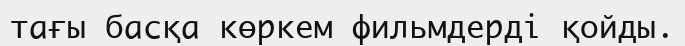
тағы басқа көркем фильмдерді қойды.